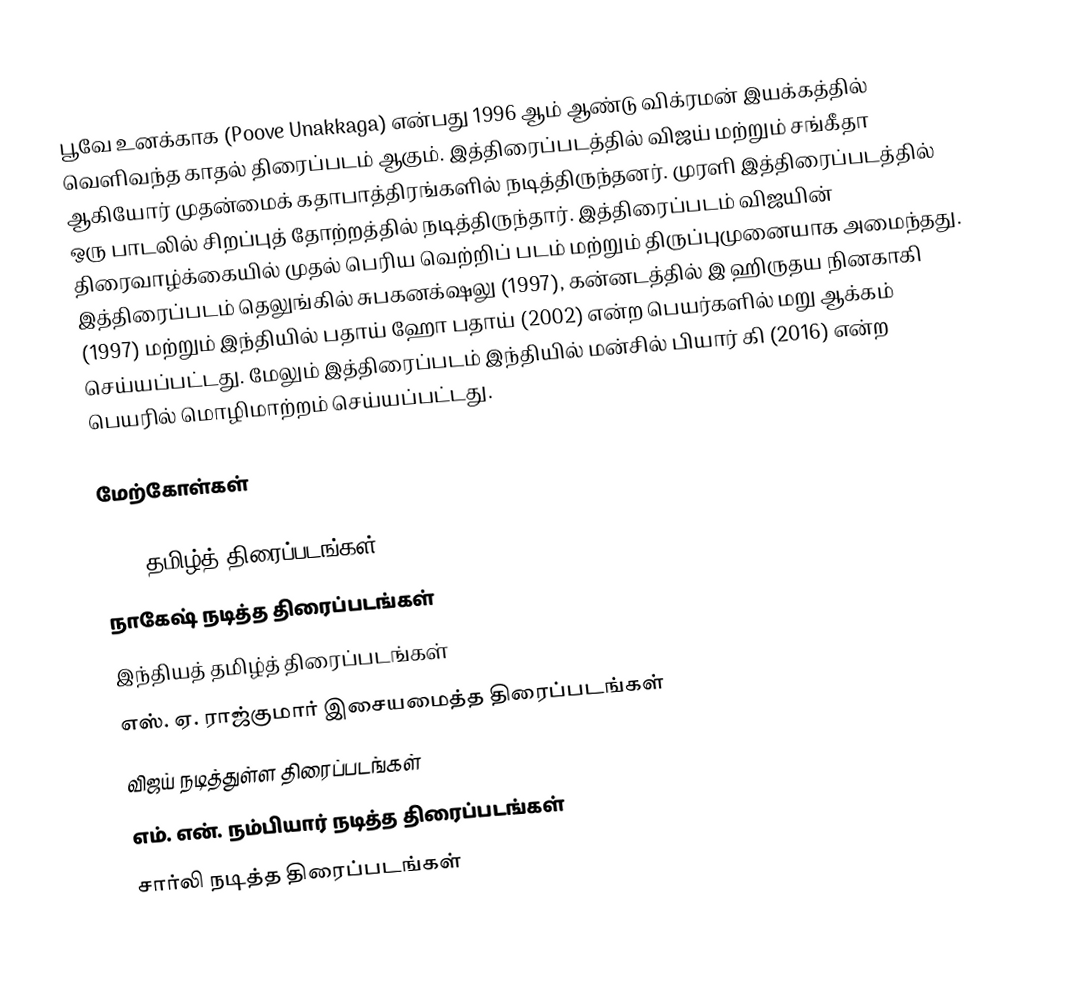
பூவே உனக்காக (Poove Unakkaga) என்பது 1996 ஆம் ஆண்டு விக்ரமன் இயக்கத்தில் வெளிவந்த காதல் திரைப்படம் ஆகும். இத்திரைப்படத்தில் விஜய் மற்றும் சங்கீதா ஆகியோர் முதன்மைக் கதாபாத்திரங்களில் நடித்திருந்தனர். முரளி இத்திரைப்படத்தில் ஒரு பாடலில் சிறப்புத் தோற்றத்தில் நடித்திருந்தார். இத்திரைப்படம் விஜயின் திரைவாழ்க்கையில் முதல் பெரிய வெற்றிப் படம் மற்றும் திருப்புமுனையாக அமைந்தது. இத்திரைப்படம் தெலுங்கில் சுபகனக்‌ஷலு (1997), கன்னடத்தில் இ ஹிருதய நினகாகி (1997) மற்றும் இந்தியில் பதாய் ஹோ பதாய் (2002) என்ற பெயர்களில் மறு ஆக்கம் செய்யப்பட்டது. மேலும் இத்திரைப்படம் இந்தியில் மன்சில் பியார் கி (2016) என்ற பெயரில் மொழிமாற்றம் செய்யப்பட்டது.

மேற்கோள்கள்

1996 தமிழ்த் திரைப்படங்கள்
நாகேஷ் நடித்த திரைப்படங்கள்
இந்தியத் தமிழ்த் திரைப்படங்கள்
எஸ். ஏ. ராஜ்குமார் இசையமைத்த திரைப்படங்கள்
விஜய் நடித்துள்ள திரைப்படங்கள்
எம். என். நம்பியார் நடித்த திரைப்படங்கள்
சார்லி நடித்த திரைப்படங்கள்